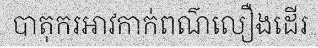
បាតុករអាវកាក់ពណ៌លឿងដើរ